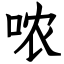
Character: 哝